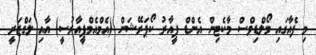
މި ފެއާގައި މޯލްޑިވްސް މާކެޓިން އެންޑް ޕީއާރު ކޯޕަރޭޝަން (އެމްއެމްޕީއާރުސީ) އާއި ލަގްޒަރީ